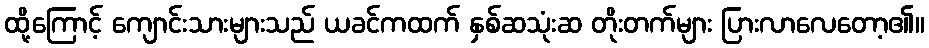
ထို့ကြောင့် ကျောင်းသားများသည် ယခင်ကထက် နှစ်ဆသုံးဆ တိုးတက်များ ပြားလာလေတော့၏။